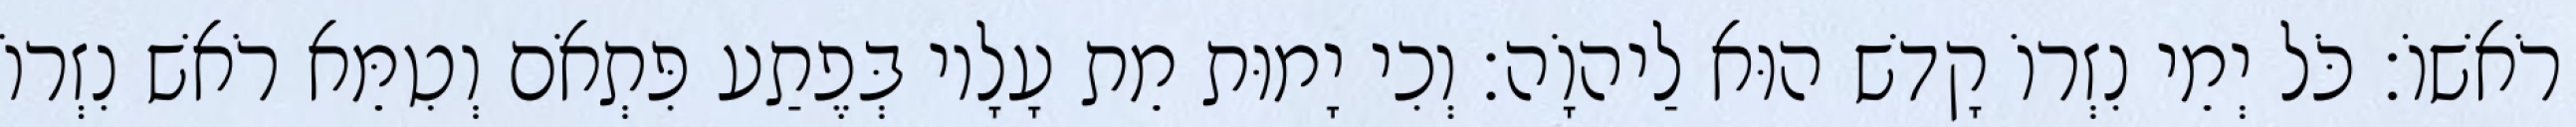
רֹאשׁוֹ׃ כֹּל יְמֵי נִזְרוֹ קָדשׁ הוּא לַיהוָֹה׃ וְכִי יָמוּת מֵת עָלָיו בְּפֶתַע פִּתְאֹם וְטִמֵּא רֹאשׁ נִזְרוֹ